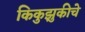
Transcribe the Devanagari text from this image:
किकुझुकीचे